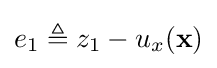
e_{1}\triangleq z_{1}-u_{x}(\mathbf {x} )